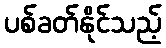
ပစ်ခတ်နိုင်သည့်